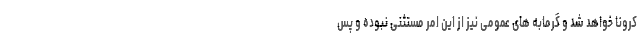
کرونا خواهد شد و گرمابه های عمومی نیز از این امر مستثنی نبوده و پس